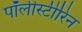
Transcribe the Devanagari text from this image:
पॉलीस्टीरिन